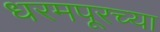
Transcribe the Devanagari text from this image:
धरमपूरच्या